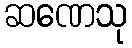
ဆဏေသု